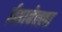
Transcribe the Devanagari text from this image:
ईसाबेल्ला